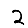
Digit: 2